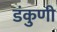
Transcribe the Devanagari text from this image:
डंकुणी